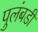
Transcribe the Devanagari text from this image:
पुलंबडी